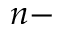
n -